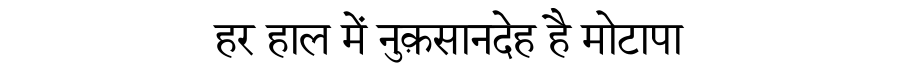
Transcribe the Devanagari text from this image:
हर हाल में नुक़सानदेह है मोटापा